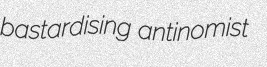
bastardising antinomist